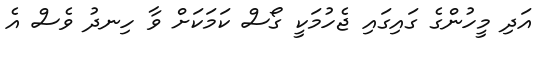
އަދި މީހުންގެ ގައިގައި ޖެހުމަކީ ގޯސް ކަމަކަށް ވާ ހިނދު ވެސް އެ